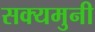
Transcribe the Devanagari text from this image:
सक्यमुनी